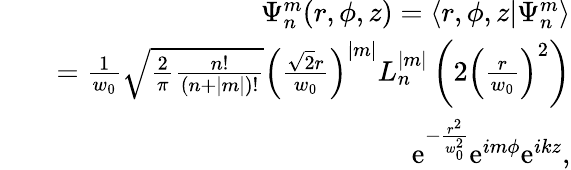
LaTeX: \begin{array}{rlr}&{}&{\Psi_{n}^{m}(r,\phi,z)=\langle r,\phi,z|\Psi_{n}^{m}\rangle}\\ &{}&{=\frac{1}{w_{0}}\sqrt{\frac{2}{\pi}\frac{n!}{(n+|m|)!}}\left(\frac{\sqrt{2}r}{w_{0}}\right)^{|m|}L_{n}^{|m|}\left(2\left(\frac{r}{w_{0}}\right)^{2}\right)}\\ &{}&{\ \ \ \ \mathrm{e}^{-\frac{r^{2}}{w_{0}^{2}}}\mathrm{e}^{im\phi}\mathrm{e}^{ikz},}\end{array}